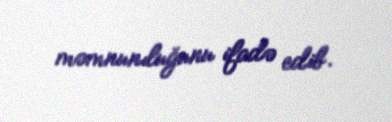
məmnunıluğunu ifadə edib.